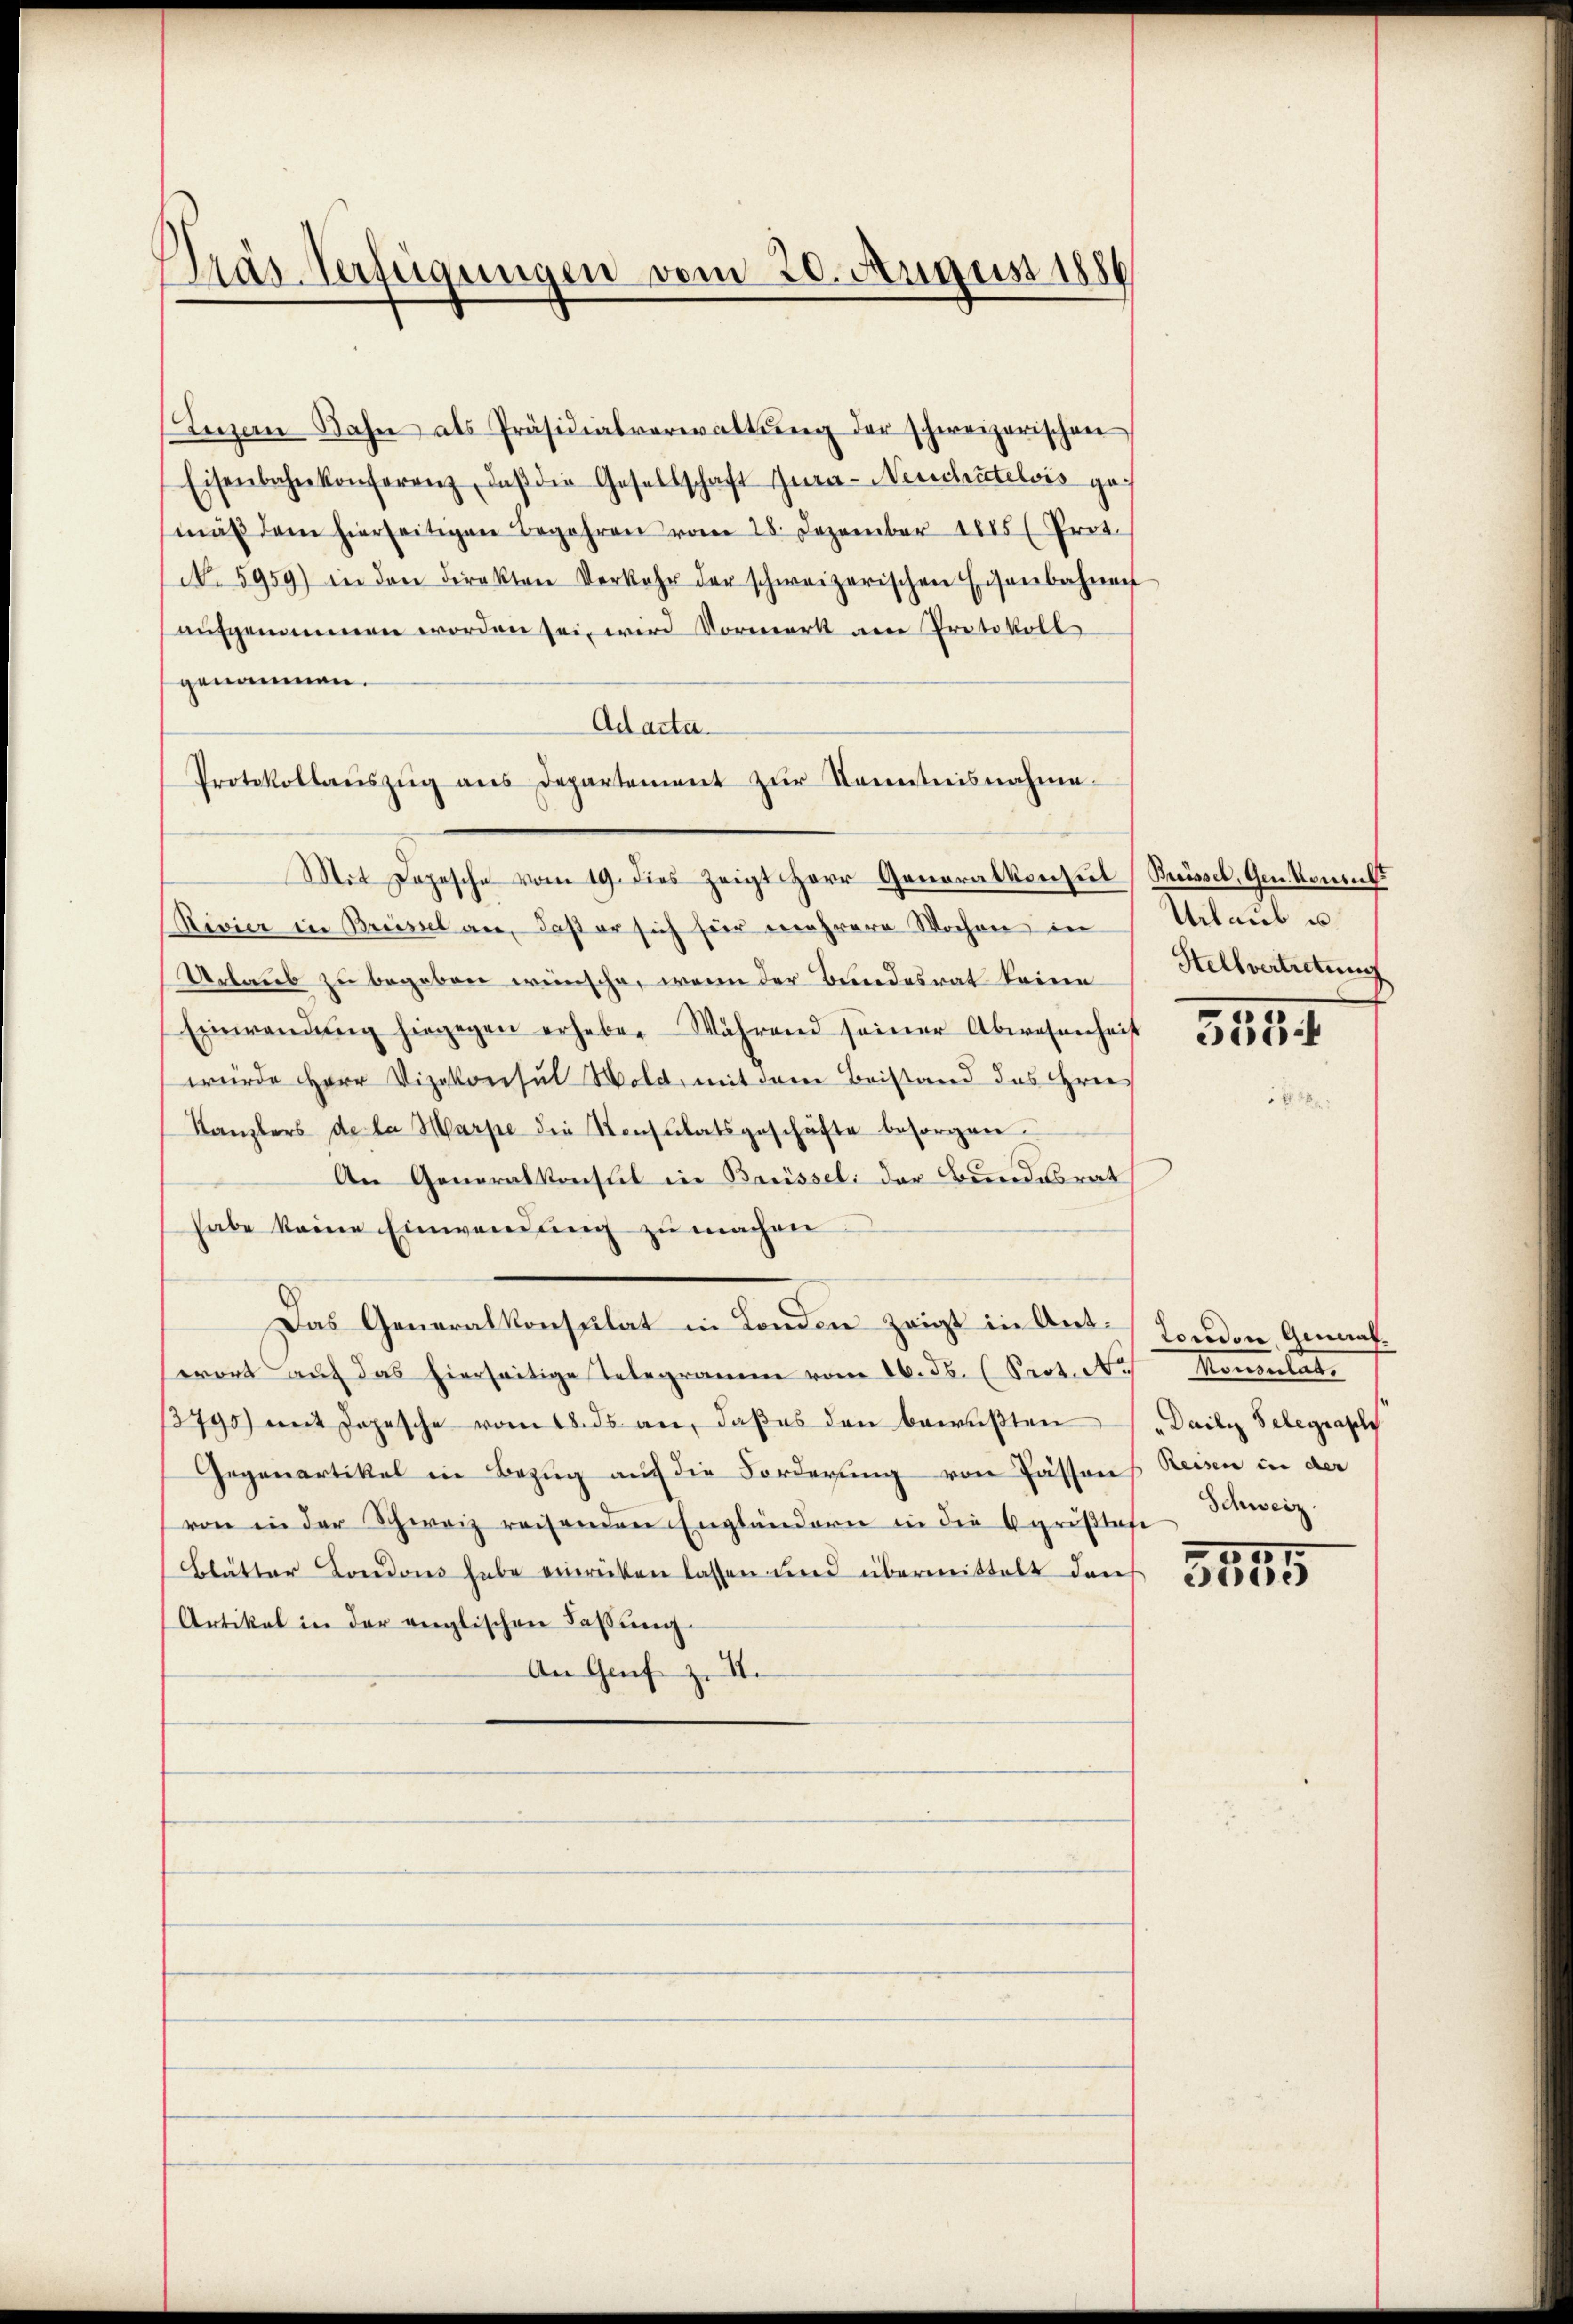
Pras Verfügungen vom 20. August 1886

genommen.
Mit Depesche vom 19. dies zeigt Herr Generalkonseil Brösel, Genkommt
Rivier in Breisel an, daß er sich für mehrere Wochen in
Urlaub zu begeben wünsche, wenn der Bundesrat keine
Einwendŭng hingegen erhebe. Während seiner Abwesenheit
würde Herr Vizekonsul Wold, mit dem Beistand das Gree
Kanzlers de la Marpe die Konsulatsgeschäfte besorgen.
An Generalkonsul in Brüssel der Bundesrat
habe keine Einwendung zu machen
Das Generalkonsulat in Londen zeigt in Ant. London, Gemahwort auf das hierseitige Telegramm vom 16. 55. (Prot. Ne
3790) mit Jopesche vom 18. ds an, daβ es den bewußten „Daily Telegraph
Gegenartikel in Bezug auf die Forderung von Passons Reisen in der
von in der Schweiz reisenden Engländern in die Agrißtafe
Blätter Londons habe einrücken lassen und übermittelt dans
Artikel in der englischen Fassung.
An Genf z. II.

Luzern Bahn als Präsidialverwaltŭng der schweizerischen
Eisenbahnkonferenz, daβ die Gesellschaft Zura-Neuchatelvis gemäβ dem hierseitigen Begehren vom 28. Dezember 1885 ( Prot.
No. 5959) in den direkten Verkehr der schweizerischen Eisenbahnen
aufgenommen worden sei, wird Vormerk am Protokoll
Ad acta.
Protokollaŭszŭg ans Departement zŭr Kenntnisnahme.

Urlaub u.
Stellvertretung

355

Manterlierte
Schweiz.
15

300